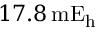
1 7 . 8 \, \mathrm { m E _ { h } }